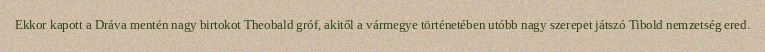
Ekkor kapott a Dráva mentén nagy birtokot Theobald gróf, akitől a vármegye történetében utóbb nagy szerepet játszó Tibold nemzetség ered.